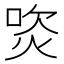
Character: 焁